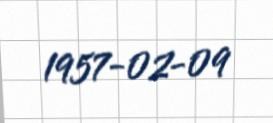
1957-02-09